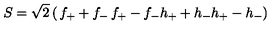
S = \sqrt { 2 } \left( \begin{matrix} { f _ { + } + f _ { - } } & { f _ { + } - f _ { - } } \\ { h _ { + } + h _ { - } } & { h _ { + } - h _ { - } } \\ \end{matrix} \right)